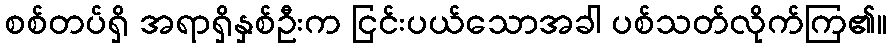
စစ်တပ်ရှိ အရာရှိနှစ်ဦးက ငြင်းပယ်သောအခါ ပစ်သတ်လိုက်ကြ၏။